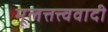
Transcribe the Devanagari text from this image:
मूलत्तत्त्ववादी